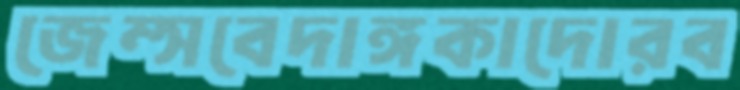
জেম্সবেদাঙ্গকাদোরব